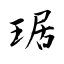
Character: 琚